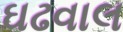
ઘઢવાલ